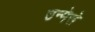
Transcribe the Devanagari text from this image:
उन्मेसे